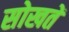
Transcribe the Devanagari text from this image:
सोखतें